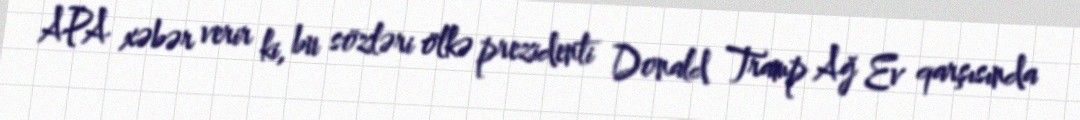
APA xəbər verir ki, bu sözləri ölkə prezidenti Donald Tramp Ağ Ev qarşısında